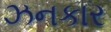
ઝનકાર